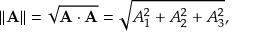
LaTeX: \| \mathbf { A } \| = { \sqrt { \mathbf { A } \cdot \mathbf { A } } } = { \sqrt { A _ { 1 } ^ { 2 } + A _ { 2 } ^ { 2 } + A _ { 3 } ^ { 2 } } } ,